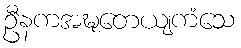
ဦနကအဍ္ဎတေယျကံသေ